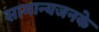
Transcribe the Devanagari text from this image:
सामान्यजनके